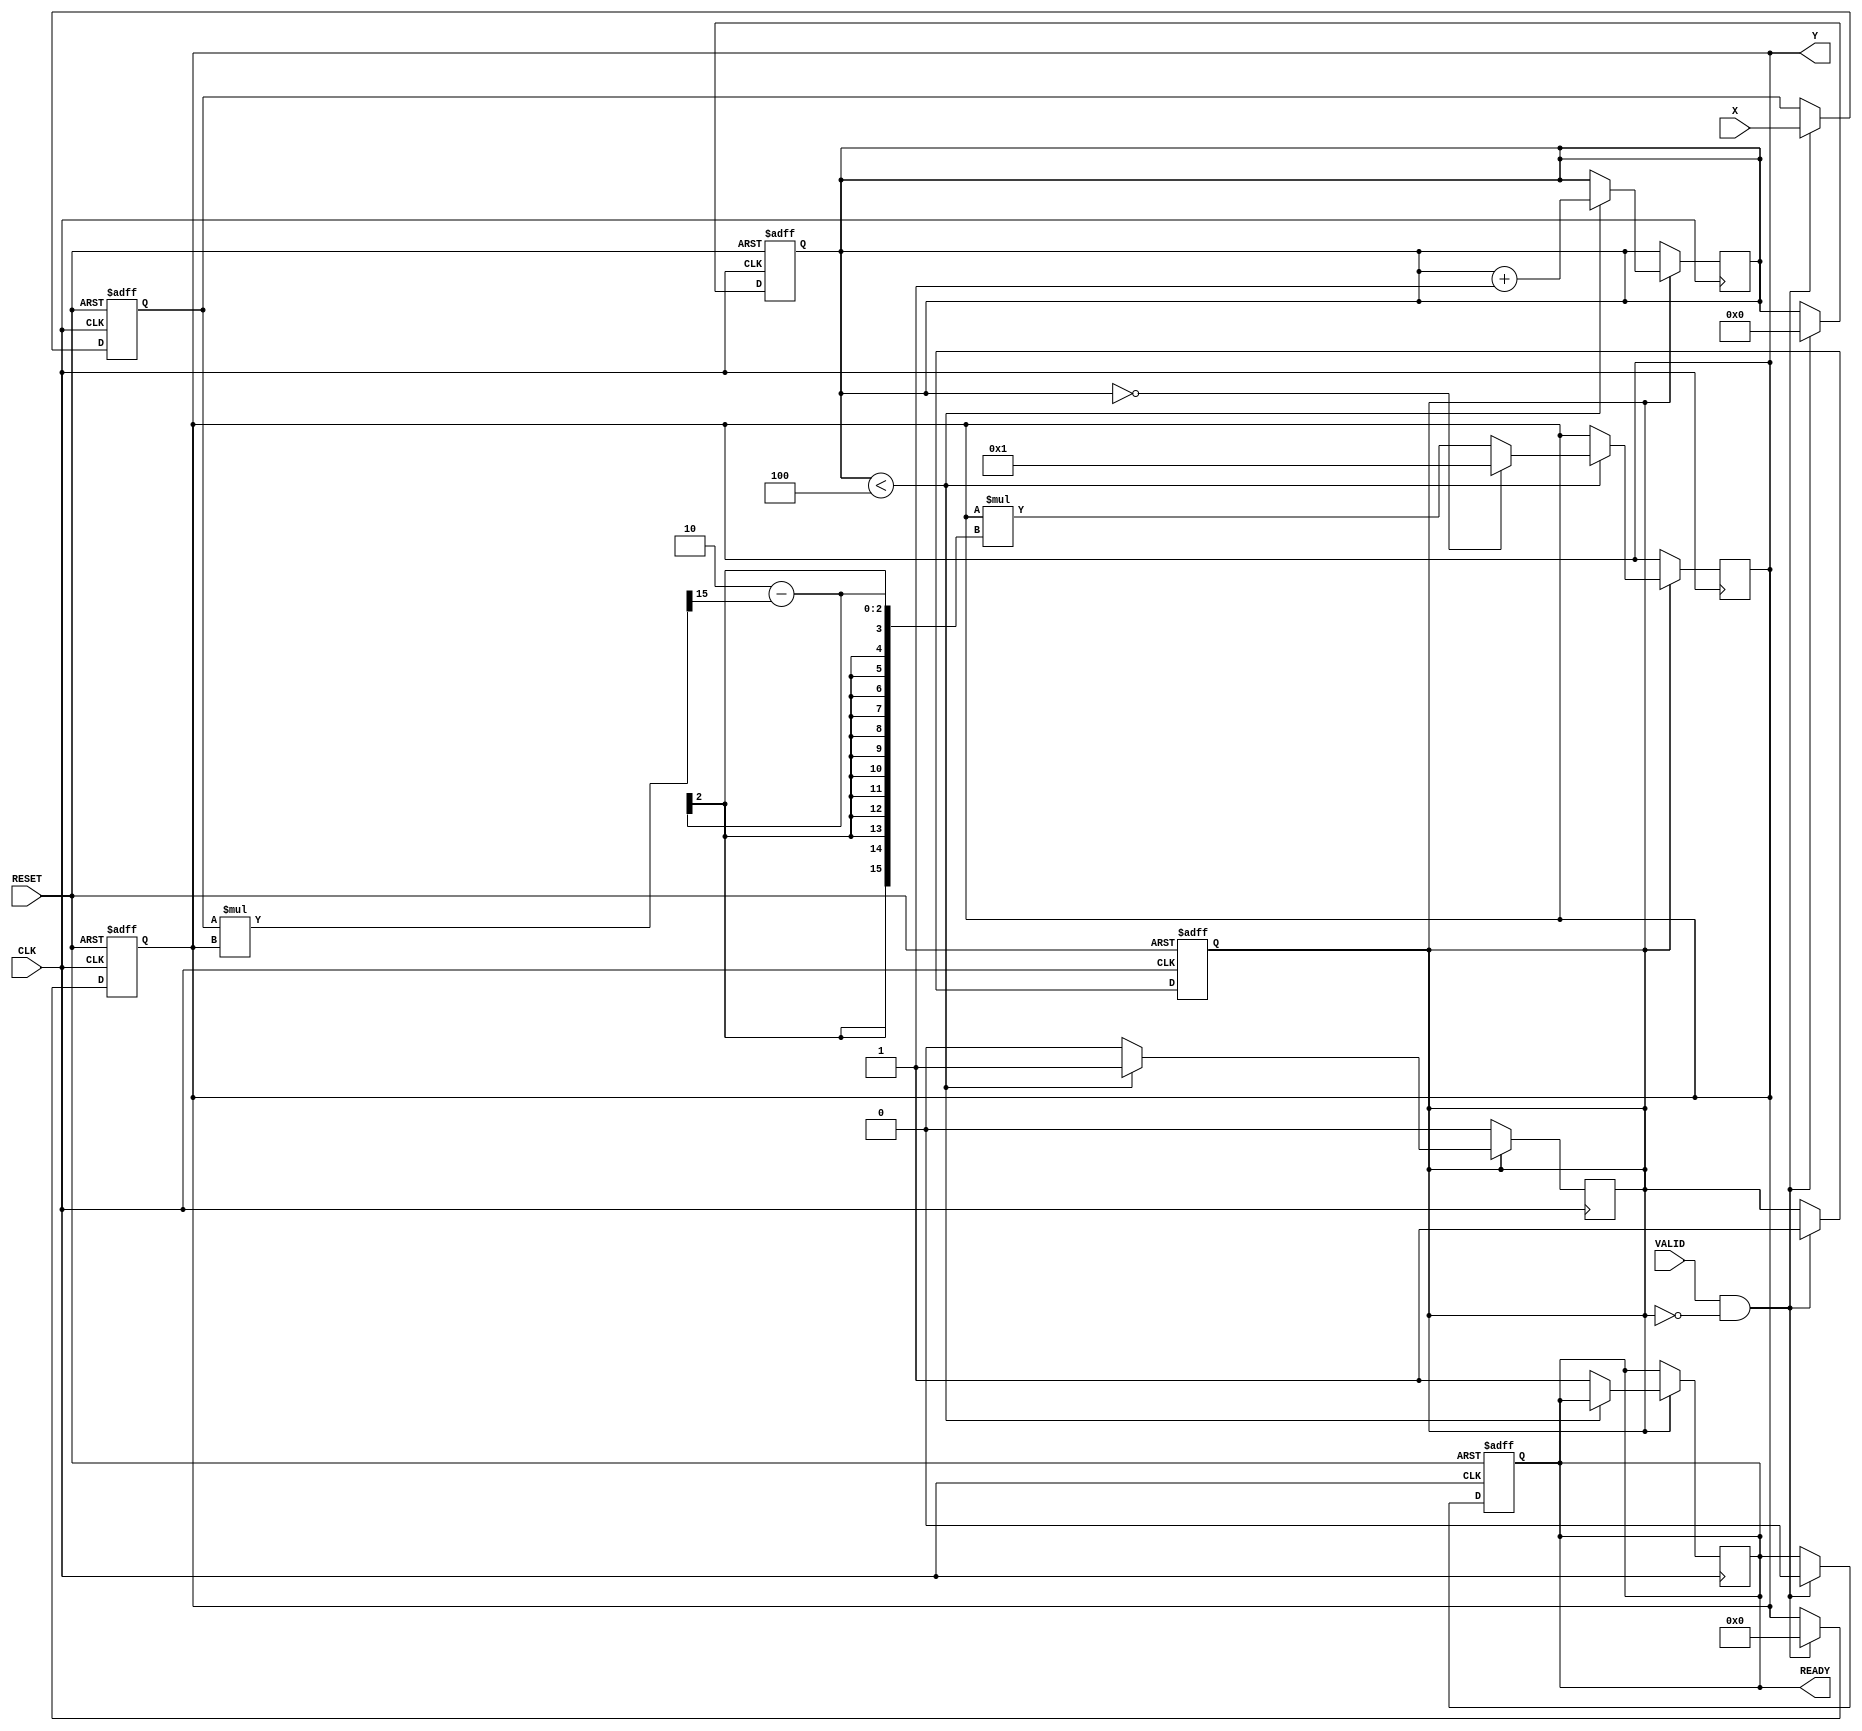
module DirectReciprocalUnit (
    input wire [15:0] X,        // Input Data: 16-bit fixed-point number
    input wire VALID,           // Valid signal
    input wire CLK,             // Clock signal
    input wire RESET,           // Asynchronous reset
    output reg [15:0] Y,        // Output Data: computed reciprocal
    output reg READY            // Ready signal
);
  
    reg [15:0] x_reg;           // Input register
    reg [3:0] count;            // Iteration counter
    reg computing;              // Computing flag
  
    parameter MAX_ITER = 4;     // Max iteration for Newton-Raphson

    // Asynchronous reset and input register
    always @(posedge CLK or posedge RESET) begin
        if (RESET) begin
            x_reg <= 16'h0;
            Y <= 16'h0;
            READY <= 1'b0;
            computing <= 1'b0;
            count <= 4'h0;
        end else if (VALID && !computing) begin
            x_reg <= X;           // Capture input data
            Y <= 16'h0;           // Initialize output
            READY <= 1'b0;        // Set READY to low
            computing <= 1'b1;    // Start computing
            count <= 4'h0;        // Reset count
        end
    end

    // Newton-Raphson reciprocal calculation
    always @(posedge CLK) begin
        if (computing) begin
            if (count < MAX_ITER) begin
                // Newton-Raphson formula: Y(next) = Y(current) * (2 - X * Y(current))
                // Initial guess can be set to a constant if necessary; for simplicity, we use a constant here.
                if (count == 0) begin
                    Y <= 16'h0001; // Initial guess for reciprocal (1.0)
                end else begin
                    Y <= Y * (16'h0002 - (x_reg * Y >> 15)); // Adjust for fixed-point
                end
                count <= count + 1;
            end else begin
                READY <= 1'b1;    // Output is ready after MAX_ITER
                computing <= 1'b0; // Reset computing flag
            end
        end
    end

endmodule